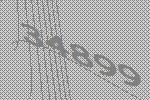
34899